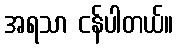
အရသာ ငန်ပါတယ်။